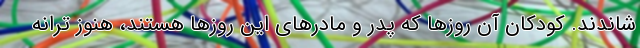
شاندند. کودکان آن روزها که پدر و مادرهای این روزها هستند، هنوز ترانه